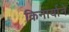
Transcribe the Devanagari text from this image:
किनार्याने